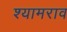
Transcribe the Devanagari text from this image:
श्‍यामराव